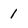
Character: 1